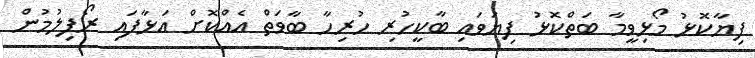
ފިޔާކޮޅު މޯޅިވީމާ ބަތްކޮޅު ފިޔަވައި ބާކީހުރި ހުރިހާ ބާވަތް އެއްކޮށް އަޅާފައި ރޯފިލުމުން